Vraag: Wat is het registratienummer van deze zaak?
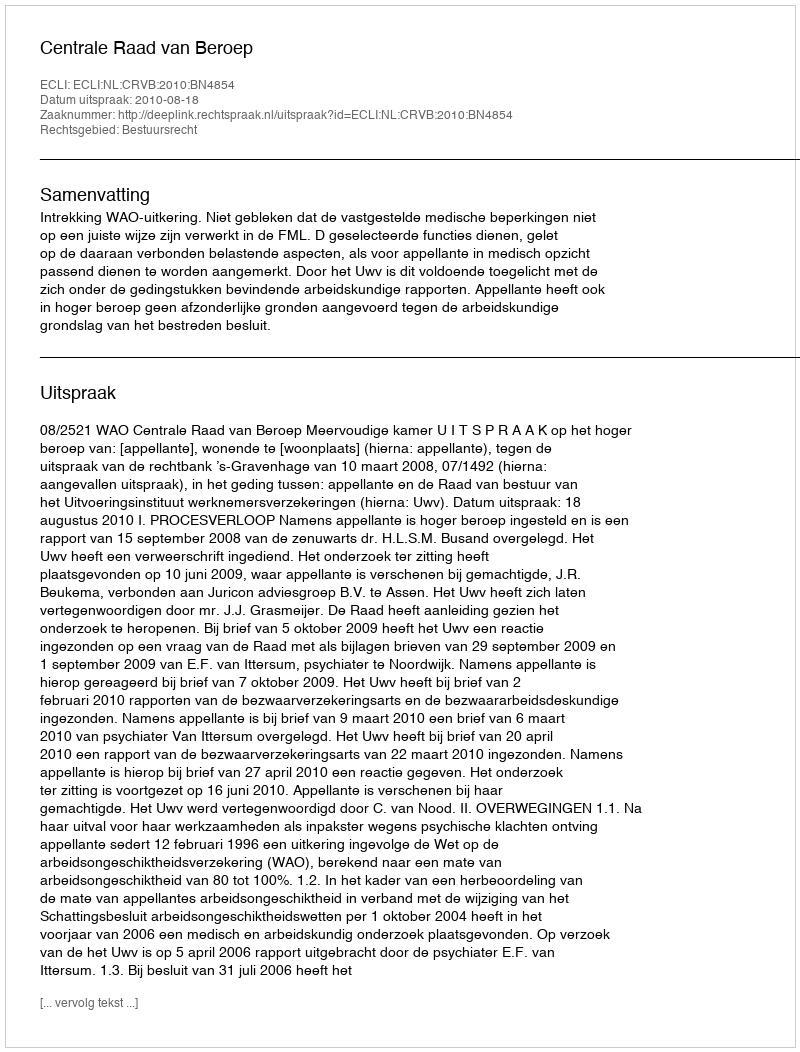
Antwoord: http://deeplink.rechtspraak.nl/uitspraak?id=ECLI:NL:CRVB:2010:BN4854